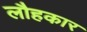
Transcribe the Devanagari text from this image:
लौहकार